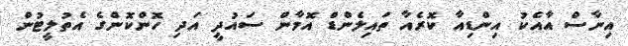
އިނާސް އާއެކު އިންޑިއާ ކޮރެއާ ތައިލެންޑް އޮމާން ސައުދީ އަދި ހޮންކޮންގެ އެތުލީޓުން